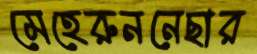
মেহেরুননেছার